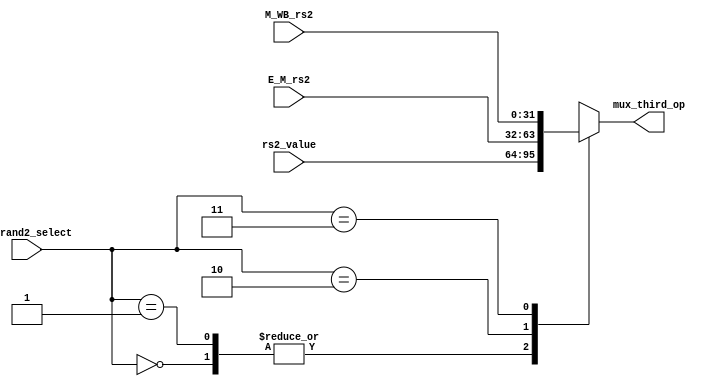
`timescale 1ns / 1ps
//////////////////////////////////////////////////////////////////////////////////
module Hazard_Operand2_Select(operand2_select, rs2_value, E_M_rs2, M_WB_rs2, mux_third_op);
    input [31:0] rs2_value, E_M_rs2, M_WB_rs2;
    input [1:0] operand2_select;
    output reg [31:0] mux_third_op;
    
    always @(*)
        case (operand2_select)
            2'b00 : mux_third_op = rs2_value;
            2'b01 : mux_third_op = rs2_value;
            2'b10 : mux_third_op = E_M_rs2;
            2'b11 : mux_third_op = M_WB_rs2;
        endcase
endmodule